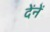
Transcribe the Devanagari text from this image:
देंनें